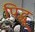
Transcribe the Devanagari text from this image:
पिद्धू